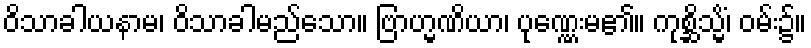
ဝိသာခါယနာမ၊ ဝိသာခါမည်သော။ ဗြာဟ္မဏိယာ၊ ပုဏ္ဏေးမ၏။ ကုစ္ဆိသ္မိံ၊ ဝမ်း၌။